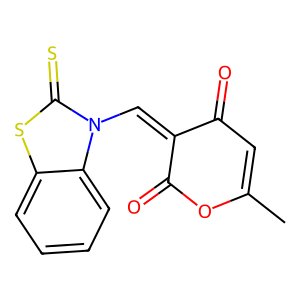
SMILES: CC1=CC(=O)C(=Cn2c(=S)sc3ccccc32)C(=O)O1
Inhibits HIV replication: No